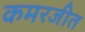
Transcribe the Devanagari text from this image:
कमरजीत